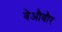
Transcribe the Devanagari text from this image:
बेऔवौर